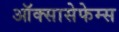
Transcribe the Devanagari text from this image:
ऑक्सासेफेम्स